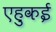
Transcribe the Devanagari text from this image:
एहुकई